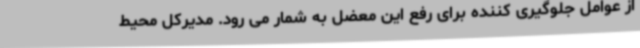
از عوامل جلوگیری کننده برای رفع این معضل به شمار می رود. مدیرکل محیط